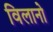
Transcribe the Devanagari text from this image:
विलानो